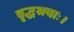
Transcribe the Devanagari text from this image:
वृद्धश्रवाः।